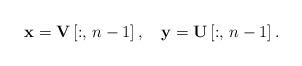
LaTeX: \begin{align*}\mathbf{x}=\mathbf{V}\left[:,\,n-1\right],\quad\mathbf{y}=\mathbf{U}\left[:,\,n-1\right].\end{align*}